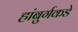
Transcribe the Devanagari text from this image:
हांबुर्गकडे